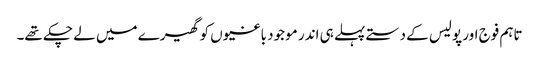
تاہم فوج اور پولیس کے دستے پہلے ہی اندر موجود باغیوں کو گھیرے میں لے چکے تھے۔